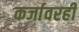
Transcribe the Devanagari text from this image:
कर्जावरही